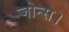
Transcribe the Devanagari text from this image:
जोन्स।